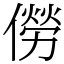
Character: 僗